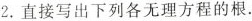
2.直接写出下列各无理方程的根.